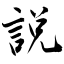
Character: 説